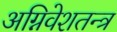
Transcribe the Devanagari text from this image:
अग्निवेशतन्त्र